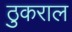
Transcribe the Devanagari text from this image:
ठुकराल